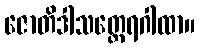
ဇောတိဒါသတ္ထေရဂါထာ။